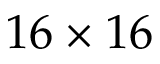
1 6 \times 1 6